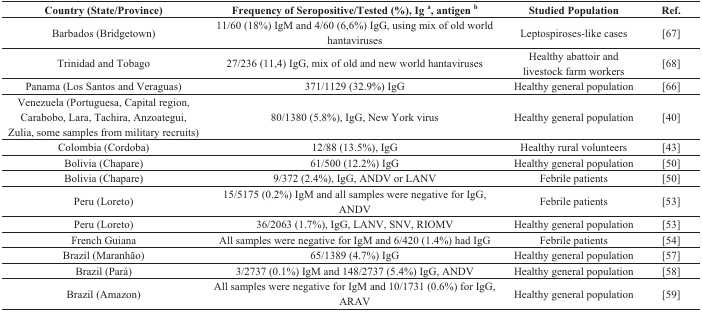
| Country (State/Province) | Frequency of Seropositive/Tested (%), Ig a, antigen b | Studied Population | Ref. |
 | --- | --- | --- | --- |
 | Barbados (Bridgetown) | 11/60 (18%) IgM and 4/60 (6,6%) IgG, using mix of old world hantaviruses | Leptospiroses-like cases | [67] |
 | Trinidad and Tobago | 27/236 (11,4) IgG, mix of old and new world hantaviruses | Healthy abattoir and livestock farm workers | [68] |
 | Panama (Los Santos and Veraguas) | 371/1129 (32.9%) IgG | Healthy general population | [66] |
 | Venezuela (Portuguesa, Capital region, Carabobo, Lara, Tachira, Anzoategui, Zulia, some samples from military recruits) | 80/1380 (5.8%), IgG, New York virus | Healthy general population | [40] |
 | Colombia (Cordoba) | 12/88 (13.5%), IgG | Healthy rural volunteers | [43] |
 | Bolivia (Chapare) | 61/500 (12.2%) IgG | Healthy general population | [50] |
 | Bolivia (Chapare) | 9/372 (2.4%), IgG, ANDV or LANV | Febrile patients | [50] |
 | Peru (Loreto) | 15/5175 (0.2%) IgM and all samples were negative for IgG, ANDV | Febrile patients | [53] |
 | Peru (Loreto) | 36/2063 (1.7%), IgG, LANV, SNV, RIOMV | Healthy general population | [53] |
 | French Guiana | All samples were negative for IgM and 6/420 (1.4%) had IgG | Febrile patients | [54] |
 | Brazil (Maranhão) | 65/1389 (4.7%) IgG | Healthy general population | [57] |
 | Brazil (Pará) | 3/2737 (0.1%) IgM and 148/2737 (5.4%) IgG, ANDV | Healthy general population | [58] |
 | Brazil (Amazon) | All samples were negative for IgM and 10/1731 (0.6%) for IgG, ARAV | Healthy general population | [59] |